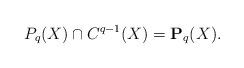
LaTeX: \begin{align*}P_q(X)\cap C^{q-1}(X)=\mathbf{P}_q(X).\end{align*}